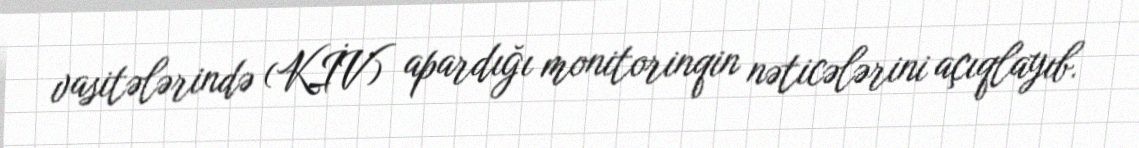
vasitələrində (KİV) apardığı monitorinqin nəticələrini açıqlayıb.